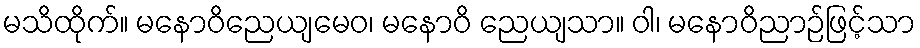
မသိထိုက်။ မနောဝိညေယျမေဝ၊ မနောဝိ ညေယျသာ။ ဝါ၊ မနောဝိညာဉ်ဖြင့်သာ